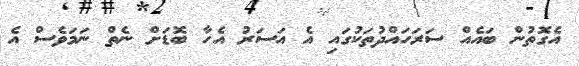
އެގޮތުން ބައެއް ސަރަހައްދުތަކުގައި އެ އަސަރު އެހާ ބޮޑަށް ނެތް ނަމަވެސް އެ